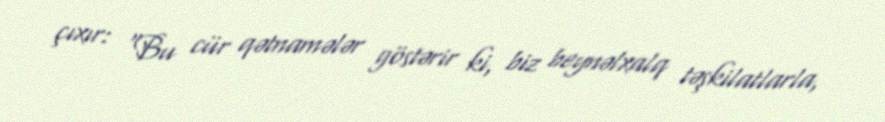
çıxır: “Bu cür qətnamələr göstərir ki, biz beynəlxalq təşkilatlarla,